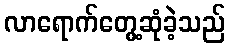
လာရောက်တွေ့ဆုံခဲ့သည်